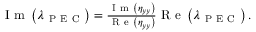
\begin{array} { r } { \mathrm { ~ I ~ m ~ } \left( \lambda _ { \mathrm { ~ P ~ E ~ C ~ } } \right) = \frac { \mathrm { ~ I ~ m ~ } \left( \eta _ { y y } \right) } { \mathrm { ~ R ~ e ~ } \left( \eta _ { y y } \right) } \mathrm { ~ R ~ e ~ } \left( \lambda _ { \mathrm { ~ P ~ E ~ C ~ } } \right) . } \end{array}